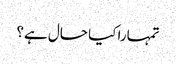
تمہارا کیا حال ہے؟